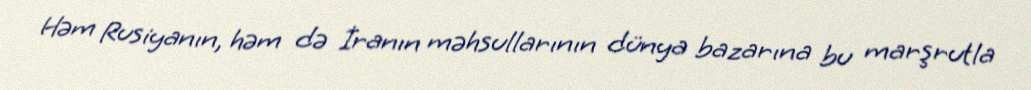
Həm Rusiyanın, həm də İranın məhsullarının dünya bazarına bu marşrutla